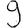
Digit: 9